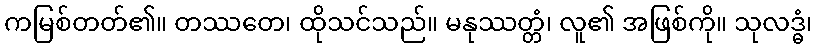
ကမြစ်တတ်၏။ တဿတေ၊ ထိုသင်သည်။ မနုဿတ္တံ၊ လူ၏ အဖြစ်ကို။ သုလဒ္ဓံ၊